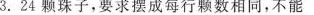
3.24颗珠子，要求摆成每行颗数相同，不能